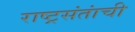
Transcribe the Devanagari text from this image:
राष्ट्रसंतांची